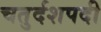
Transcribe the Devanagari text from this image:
चतुर्दशपदी